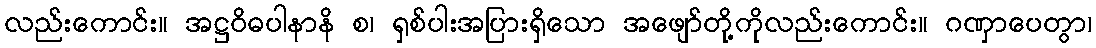
လည်းကောင်း။ အဋ္ဌဝိဓပါနာနိ စ၊ ရှစ်ပါးအပြားရှိသော အဖျော်တို့ကိုလည်းကောင်း။ ဂဏှာပေတွာ၊